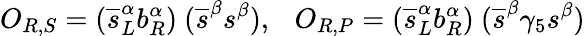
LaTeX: O_{R,S}=(\overline{{{s}}}_{L}^{\alpha}b_{R}^{\alpha})~(\overline{{{s}}}^{\beta}s^{\beta}),~~~O_{R,P}=(\overline{{{s}}}_{L}^{\alpha}b_{R}^{\alpha})~(\overline{{{s}}}^{\beta}\gamma_{5}s^{\beta})